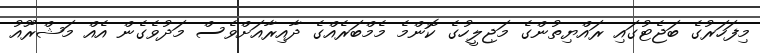
މިފަހަރުގެ ބަޖެޓުގައި ރައްޔިތުންގެ މަޖިލީހުގެ ކޮންމެ މެމްބަރެއްގެ ދާއިރާއަށްވެސް މަދުވެެގެން އެއް މަޝްރޫއު